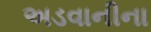
અડવાનીના